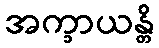
အက္ခာယန္တိ